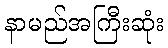
နာမည်အကြီးဆုံး